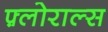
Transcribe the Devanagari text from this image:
फ़्लोराल्स